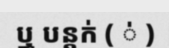
ឬ បន្តក់ ( ់ )